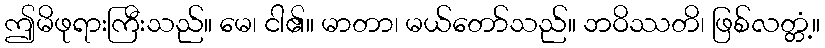
ဤမိဖုရားကြီးသည်။ မေ၊ ငါ၏။ မာတာ၊ မယ်တော်သည်။ ဘဝိဿတိ၊ ဖြစ်လတ္တံ့။